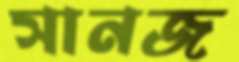
সানজ